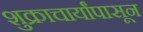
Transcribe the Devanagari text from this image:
शुक्राचार्यांपासून